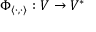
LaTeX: \Phi _ { \langle \cdot , \cdot \rangle } : V \to V ^ { * }